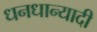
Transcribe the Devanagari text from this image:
धनधान्यादी